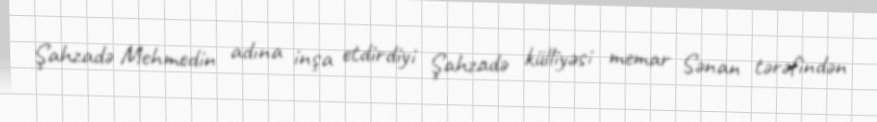
Şahzadə Mehmedin adına inşa etdirdiyi Şahzadə külliyəsi memar Sənan tərəfindən